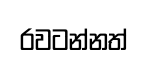
රවටන්නත්